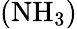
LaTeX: \left(\mathrm{NH}_{3}\right)